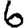
Digit: 6